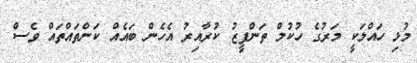
މުޅި ހައްލަކީ މަރުގެ ހުކުމް ތަންފީޒު ކުރާއިރު އެހެން ބައެއް ކަންތައްތައް ވެސް